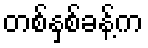
တစ်နှစ်ခန့်က